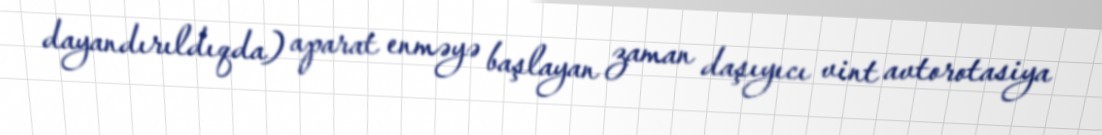
dayandırıldıqda) aparat enməyə başlayan zaman daşıyıcı vint avtorotasiya